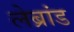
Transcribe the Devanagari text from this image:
लेब्रांड